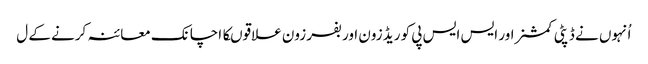
اُنہوں نے ڈپٹی کمشنر اور ایس ایس پی کو ریڈ زون اور بفر زون علاقوںکا اچانک معائنہ کرنے کے ل